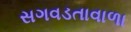
સગવડતાવાળા